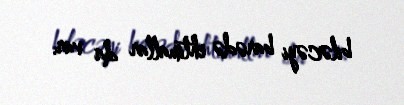
biləcəyi barədə ehtimallar da var.